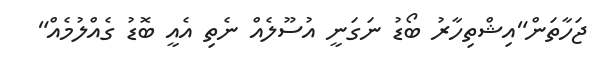
ޖަހާތަން"އިޝްތިހާރު ބޯޑު ނަގަނީ އުސޫލެއް ނެތި އެއީ ބޮޑު ގެއްލުމެއް"